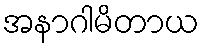
အနာဂါမိတာယ